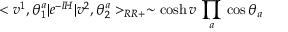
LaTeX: < v ^ { 1 } , \theta _ { 1 } ^ { a } | e ^ { - l H } | v ^ { 2 } , \theta _ { 2 } ^ { a } > _ { R R + } \sim \cosh v \, \prod _ { a } \, \cos \theta _ { a } \nonumber